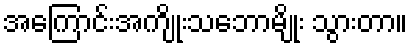
အကြောင်းအကျိုးသဘောမျိုး သွားတာ။